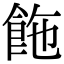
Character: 𩛆